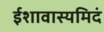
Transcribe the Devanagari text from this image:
ईशावास्यमिदं